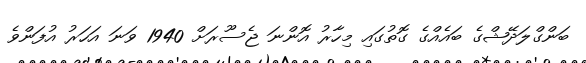
ބަންގްލަދޭޝްގެ ބައެއްގެ ގޮތުގައި މިހާރު އޮންނަ ޖެސޫރަށް 1940 ވަނަ އަހަރު އުފަންވެ